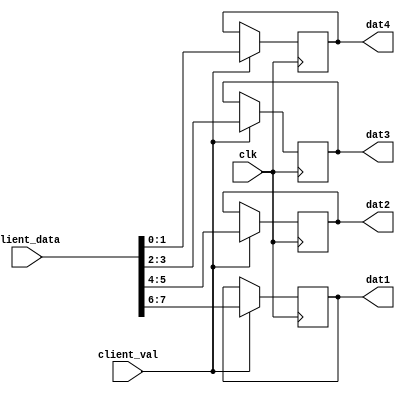
module P1(clk, client_val, client_data, dat1, dat2, dat3, dat4);

parameter data_width = 8;

input                       clk;
input                       client_val;
input      [data_width-1:0] client_data;
output reg [1:0]            dat1;
output reg [1:0]            dat2;
output reg [1:0]            dat3;
output reg [1:0]            dat4;

always @(posedge clk) 
begin
    if (client_val) begin
        dat1 <= client_data [data_width-1:6];
        dat2 <= client_data [5:4];
        dat3 <= client_data [3:2];
        dat4 <= client_data [1:0];
    end
end

endmodule